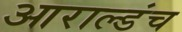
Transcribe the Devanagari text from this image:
आराल्डंच